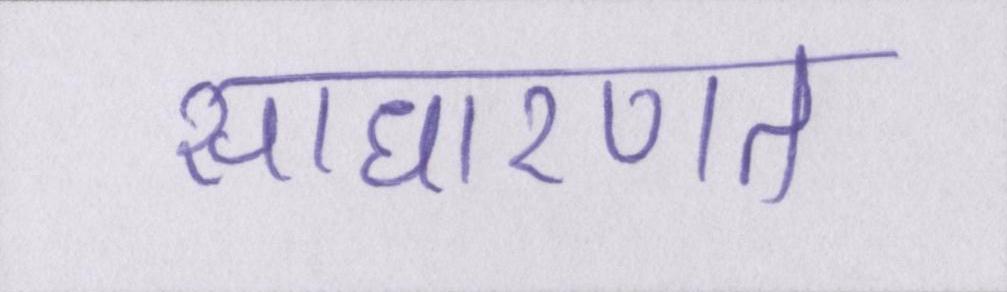
साधारणत